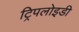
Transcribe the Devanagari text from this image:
ट्रिपलोइडी